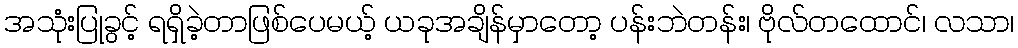
အသုံးပြုခွင့် ရရှိခဲ့တာဖြစ်ပေမယ့် ယခုအချိန်မှာတော့ ပန်းဘဲတန်း၊ ဗိုလ်တထောင်၊ လသာ၊